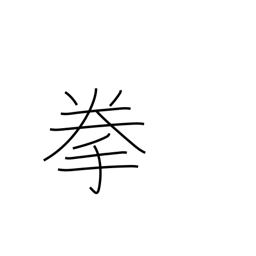
Meaning: fist